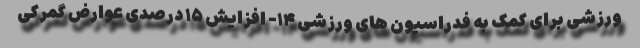
ورزشی برای کمک به فدراسیون های ورزشی ۱۴- افزایش ۱۵ درصدی عوارض گمرکی